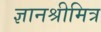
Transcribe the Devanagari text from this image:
ज्ञानश्रीमित्र